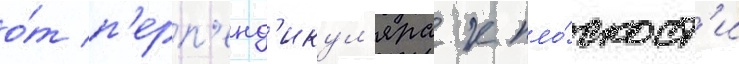
о́т п'ерп'енд'икул'яра к пло́скост'и